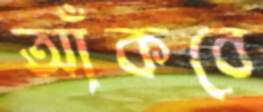
আঁকবে